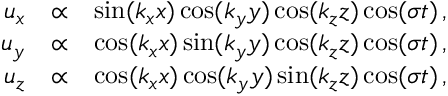
\begin{array} { r l r } { u _ { x } } & { \propto } & { \sin ( k _ { x } x ) \cos ( k _ { y } y ) \cos ( k _ { z } z ) \cos ( \sigma t ) \, , } \\ { u _ { y } } & { \propto } & { \cos ( k _ { x } x ) \sin ( k _ { y } y ) \cos ( k _ { z } z ) \cos ( \sigma t ) \, , } \\ { u _ { z } } & { \propto } & { \cos ( k _ { x } x ) \cos ( k _ { y } y ) \sin ( k _ { z } z ) \cos ( \sigma t ) \, , } \end{array}